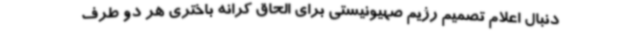
دنبال اعلام تصمیم رژیم صهیونیستی برای الحاق کرانه باختری هر دو طرف